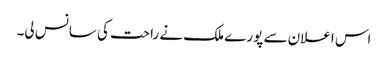
اس اعلان سے پورے ملک نے راحت کی سانس لی۔